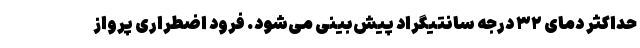
حداکثر دمای ۳۲ درجه سانتیگراد پیش‌بینی می‌شود. فرود اضطراری پرواز